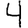
Digit: 4